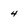
Character: 4